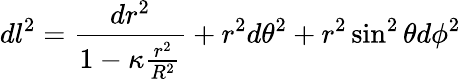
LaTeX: dl^{2}={\frac{dr^{2}}{1-\kappa{\frac{r^{2}}{R^{2}}}}}+r^{2}d\theta^{2}+r^{2}\sin^{2}\theta d\phi^{2}